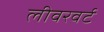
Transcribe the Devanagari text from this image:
लीवरवर्ट